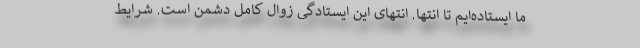
ما ایستاده‌ایم تا انتها. انتهای این ایستادگی زوال کامل دشمن است. شرایط